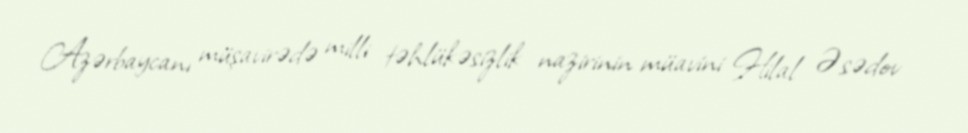
Azərbaycanı müşavirədə milli təhlükəsizlik nazirinin müavini Hilal Əsədov